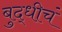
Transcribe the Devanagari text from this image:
बुद्धीचं